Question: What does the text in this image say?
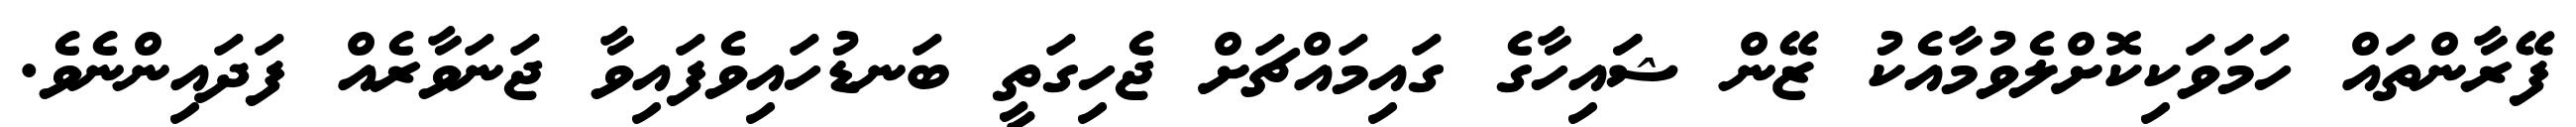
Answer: ފޭރާންތައް ހަމަވަކިކޮށްލެވުމާއެކު ޒޭން ޝަައިހާގެ ގައިމައްޗަށް ޖެހިގަތީ ބަނޑުހައިވެފައިވާ ޖަނަވާރެއް ފަދައިންނެވެ.